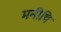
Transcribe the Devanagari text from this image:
मनीषि